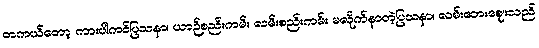
တကယ်တော့ ကားပါကင်ပြသနာ၊ ယာဉ်စည်းကမ်း လမ်းစည်းကမ်း မလိုက်နာတဲ့ပြသနာ၊ လမ်းဘေးဈေးသည်